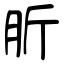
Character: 肵